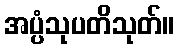
အပ္ပံသုပတိသုတ်။